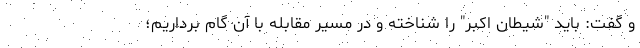
و گفت: باید "شیطان اکبر" را شناخته و در مسیر مقابله با آن گام برداریم؛